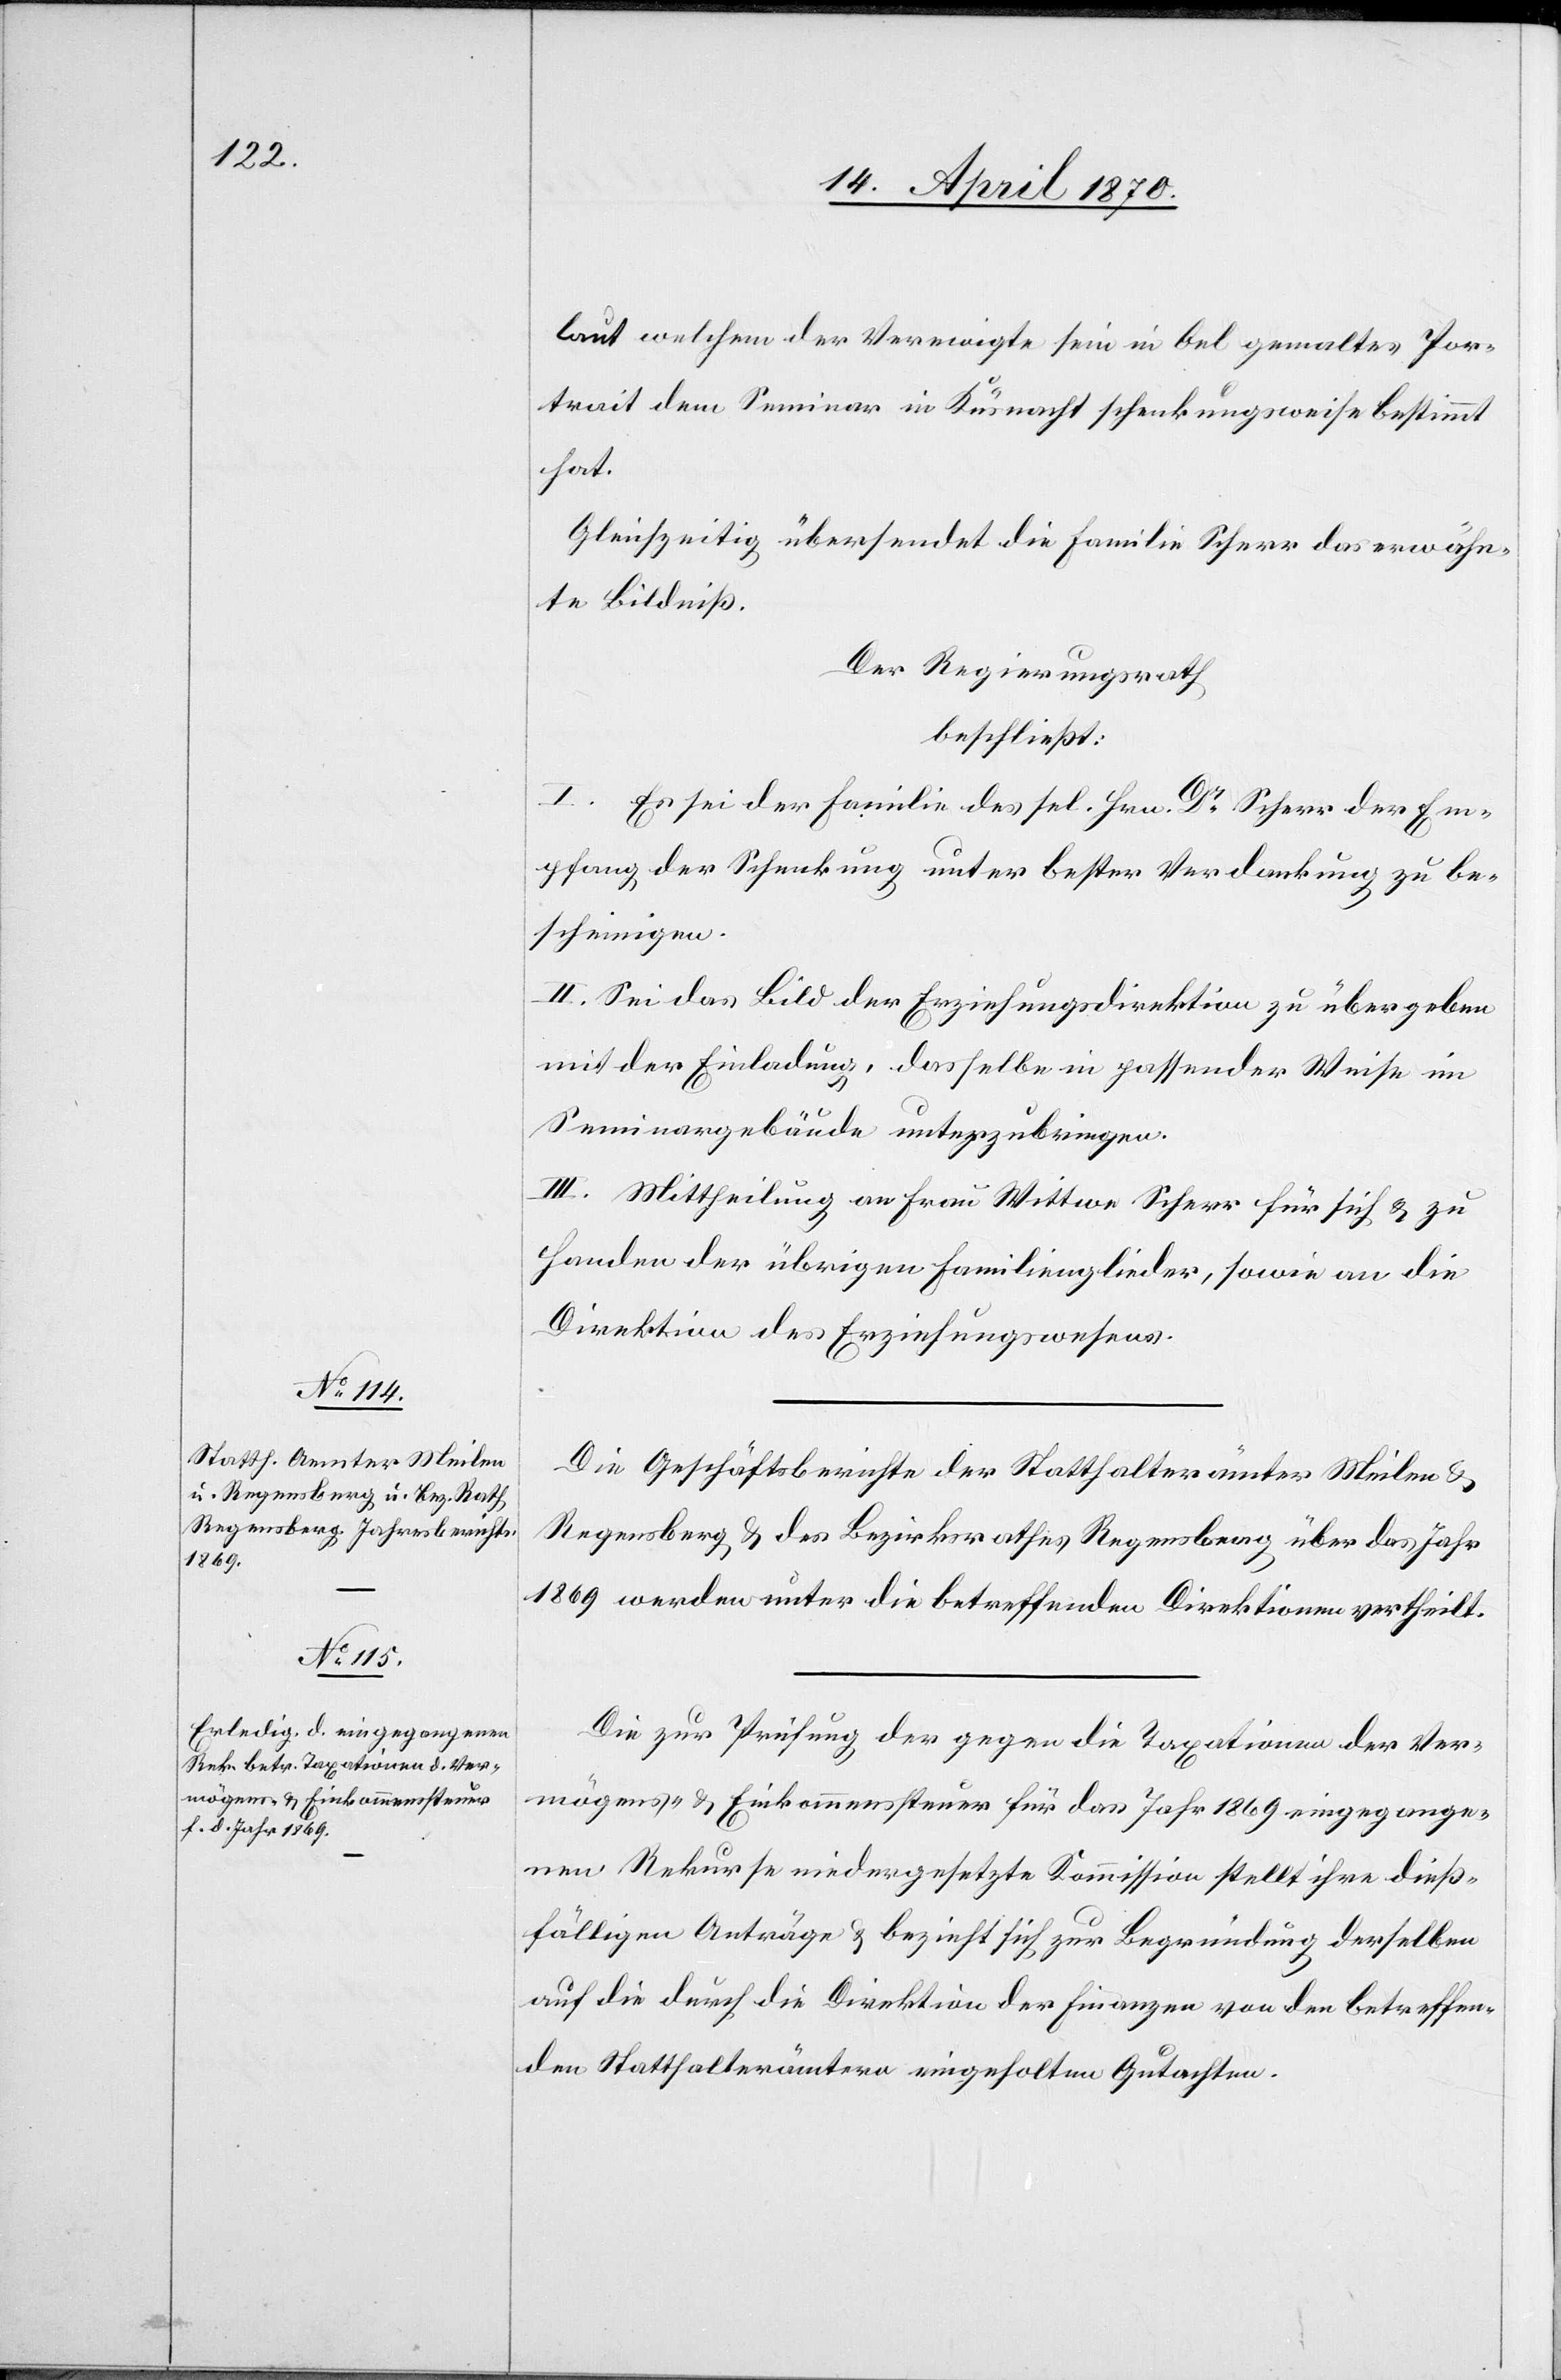
laut welchem der Verewigte sein in Oel gemaltes Por¬
trait dem Seminar in Küsnacht schenkungsweise bestimmt
hat.
Gleichzeitig übersendet die Familie Scherr das erwähn¬
te Bildniß.
Der Regierungsrath
beschließt:
I. Es sei der Familie des sel. Hrn. Dr Scherr der Em¬
pfang der Schenkung unter bester Verdankung zu be¬
scheinigen.
II. Sei das Bild der Erziehungsdirektion zu übergeben
mit der Einladung, dasselbe in passender Weise im
Seminargebäude unterzubringen.
III. Mittheilung an Frau Wittwe Scherr für sich & zu
Handen der übrigen Familienglieder, sowie an die
Direktion des Erziehungswesens.
Die Geschäftsberichte der Statthalterämter Meilen &
Regensberg & des Bezirksrathes Regensberg über das Jahr
1869 werden unter die betreffenden Direktionen vertheilt.
Die zur Prüfung der gegen die Taxationen der Ver¬
mögens- & Einkommenssteuer für das Jahr 1869 eingegange¬
nen Rekurse niedergesetzte Kommission stellt ihre dieß¬
fälligen Anträge & bezieht sich zur Begründung derselben
auf die durch die Direktion der Finanzen von den betreffen¬
den Statthalterämtern eingeholten Gutachten.